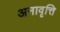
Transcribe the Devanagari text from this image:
अनावृत्ति